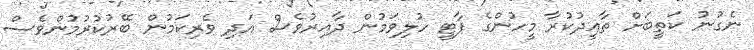
ނެގުނު ކަތީބަށް ތާއީދުކުރާ މީހުންގެ ޕާޓީ ހުލިވަމުން ދާއިރުވެސް އަދި ވެރިކަމުން ބޭރުކުރުމުންވެސް